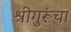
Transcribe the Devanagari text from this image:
श्रीगुरूंचा